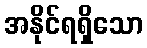
အနိုင်ရရှိသော